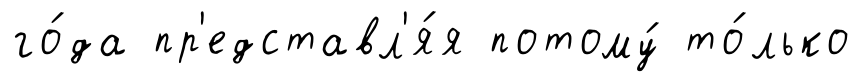
го́да пр'едставл'я́я потому́ то́лько